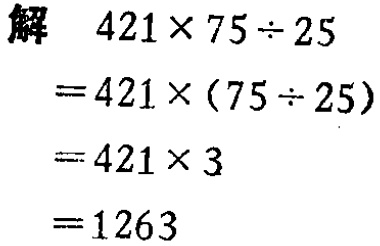
解
\[
\begin{align*}
&421\times75\div25\\
=&421\times(75\div25)\\
=&421\times3\\
=&1263
\end{align*}
\]